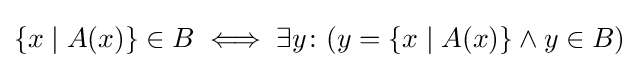
\{x\mid A(x)\}\in B\iff \exists y\colon (y=\{x\mid A(x)\}\land y\in B)